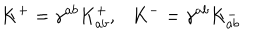
K ^ { + } = \gamma ^ { a b } K _ { a b } ^ { + } , K ^ { - } = \gamma ^ { a b } K _ { a b } ^ { - }